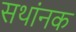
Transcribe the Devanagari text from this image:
सथांनक